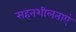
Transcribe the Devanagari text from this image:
सहनशीलताएं